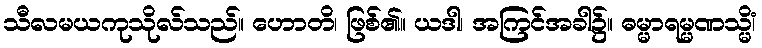
သီလမယကုသိုလ်သည်။ ဟောတိ၊ ဖြစ်၏။ ယဒါ၊ အကြင်အခါ၌။ ဓမ္မာရမ္မဏသ္မိံ၊